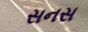
સનસ